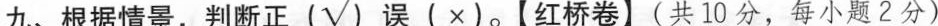
九、根据情景，判断正(√)误(×)。【红桥卷】(共10分，每小题2分)